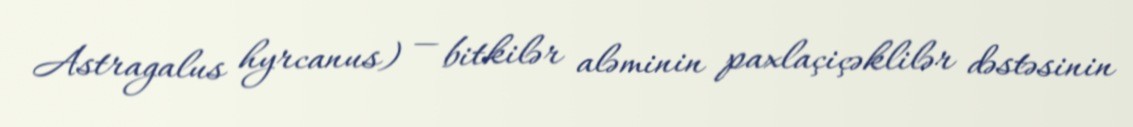
Astragalus hyrcanus) — bitkilər aləminin paxlaçiçəklilər dəstəsinin